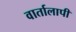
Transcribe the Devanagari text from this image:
वार्तालापी